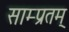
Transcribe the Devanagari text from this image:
साम्प्रतम्